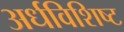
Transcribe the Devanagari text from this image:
अर्धविशिष्ट